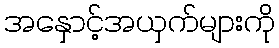
အနှောင့်အယှက်များကို